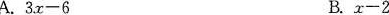
A.$$3 x - 6$$ B.$$x - 2$$